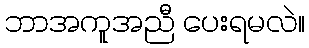
ဘာအကူအညီ ပေးရမလဲ။